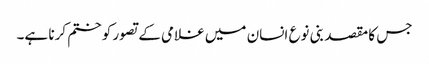
جس کا مقصد بنی نوع انسان میں غلامی کے تصور کو ختم کرنا ہے۔